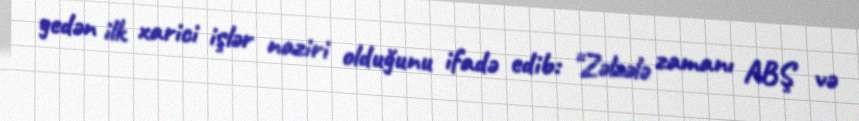
gedən ilk xarici işlər naziri olduğunu ifadə edib: "Zəlzələ zamanı ABŞ və